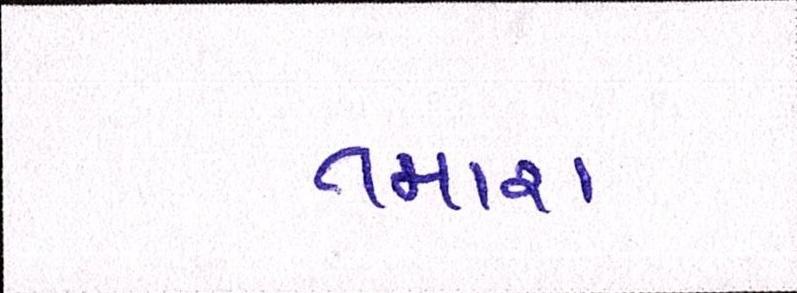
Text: તમારા